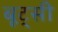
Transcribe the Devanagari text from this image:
बूट्सी